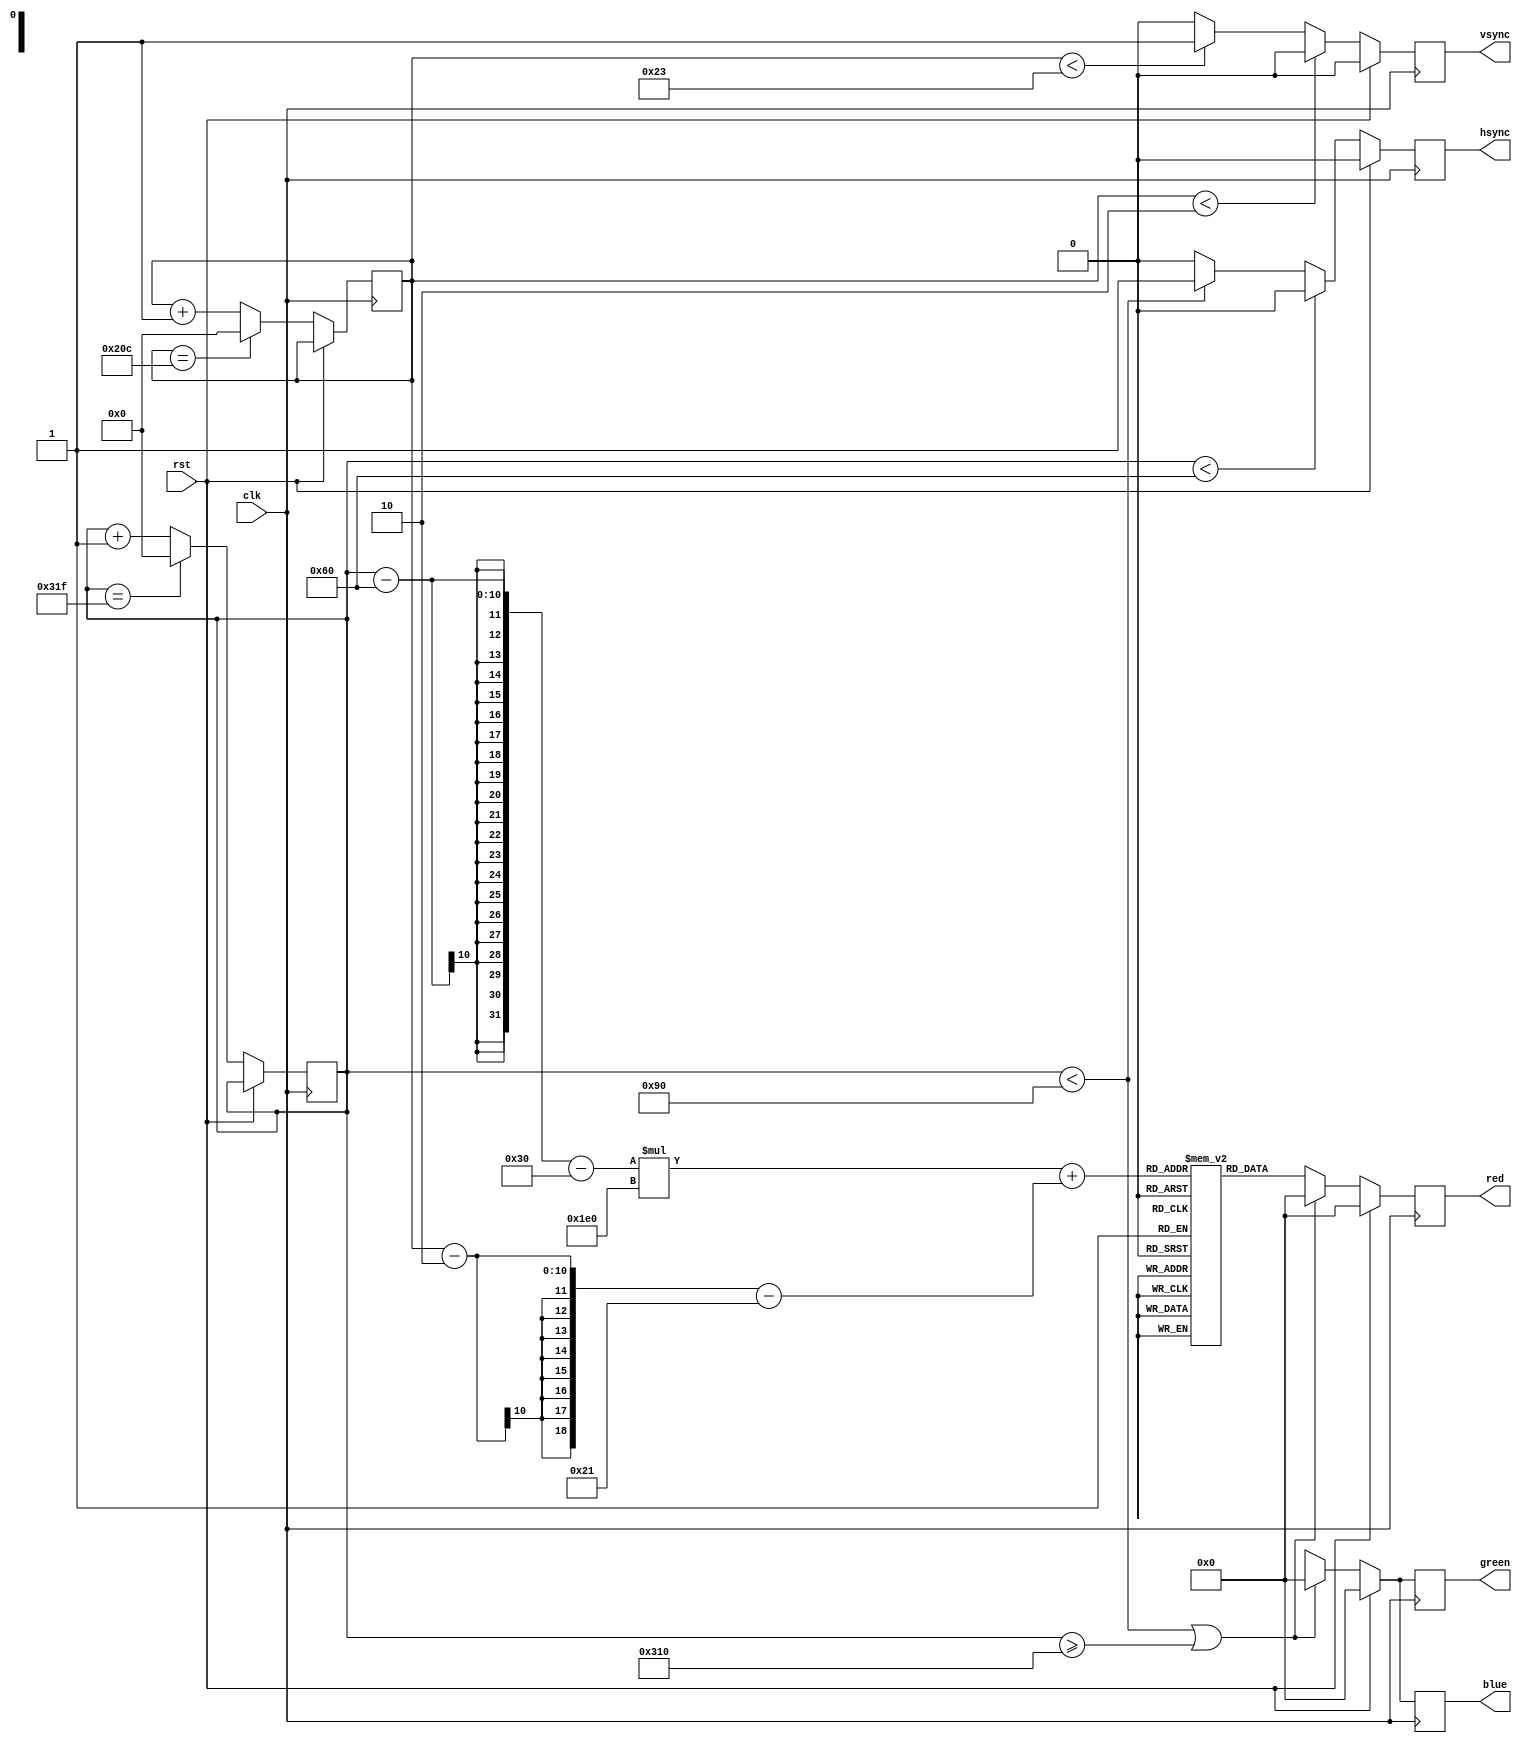
module vga_controller (
    // Inputs
    input clk,
    input rst,
    // Outputs
    output reg hsync,
    output reg vsync,
    output reg [7:0] red,
    output reg [7:0] green,
    output reg [7:0] blue
);

// Parameters for VGA timing specifications
parameter H_DISPLAY = 640;
parameter H_FRONT_PORCH = 16;
parameter H_SYNC_PULSE = 96;
parameter H_BACK_PORCH = 48;
parameter V_DISPLAY = 480;
parameter V_FRONT_PORCH = 10;
parameter V_SYNC_PULSE = 2;
parameter V_BACK_PORCH = 33;

// Internal signals
reg [9:0] h_counter = 0;
reg [9:0] v_counter = 0;
reg [9:0] pixel_counter = 0;
reg [2:0] state = 0;

// Color data memory
reg [7:0] color_data [0:639][0:479];

// Horizontal synchronization logic
always @(posedge clk) begin
    if (rst) begin
        hsync <= 1'b0;
    end else begin
        if (h_counter < H_SYNC_PULSE) begin
            hsync <= 1'b0;
        end else if (h_counter < H_SYNC_PULSE + H_BACK_PORCH) begin
            hsync <= 1'b1;
        end else if (h_counter < H_SYNC_PULSE + H_BACK_PORCH + H_DISPLAY) begin
            hsync <= 1'b0;
        end else if (h_counter < H_DISPLAY + H_SYNC_PULSE + H_BACK_PORCH) begin
            hsync <= 1'b1;
        end else begin
            hsync <= 1'b0;
        end
        
        if (h_counter == H_SYNC_PULSE + H_BACK_PORCH + H_DISPLAY + H_FRONT_PORCH - 1) begin
            h_counter <= 10'b0;
        end else begin
            h_counter <= h_counter + 1;
        end
    end
end

// Vertical synchronization logic
always @(posedge clk) begin
    if (rst) begin
        vsync <= 1'b0;
    end else begin
        if (v_counter < V_SYNC_PULSE) begin
            vsync <= 1'b0;
        end else if (v_counter < V_SYNC_PULSE + V_BACK_PORCH) begin
            vsync <= 1'b1;
        end else if (v_counter < V_SYNC_PULSE + V_BACK_PORCH + V_DISPLAY) begin
            vsync <= 1'b0;
        end else if (v_counter < V_DISPLAY + V_SYNC_PULSE + V_BACK_PORCH) begin
            vsync <= 1'b1;
        end else begin
            vsync <= 1'b0;
        end
        
        if (v_counter == V_SYNC_PULSE + V_BACK_PORCH + V_DISPLAY + V_FRONT_PORCH - 1) begin
            v_counter <= 10'b0;
        end else begin
            v_counter <= v_counter + 1;
        end
    end
end

// Pixel color generation
always @(posedge clk) begin
    if (rst) begin
        red <= 8'b0;
        green <= 8'b0;
        blue <= 8'b0;
    end else begin
        if ((h_counter < H_SYNC_PULSE + H_BACK_PORCH) || (h_counter >= H_DISPLAY + H_SYNC_PULSE + H_BACK_PORCH)) begin
            red <= 8'b0;
            green <= 8'b0;
            blue <= 8'b0;
        end else begin
            red <= color_data[(h_counter - H_SYNC_PULSE - H_BACK_PORCH)][(v_counter - V_SYNC_PULSE - V_BACK_PORCH)][7:0];
            green <= color_data[(h_counter - H_SYNC_PULSE - H_BACK_PORCH)][(v_counter - V_SYNC_PULSE - V_BACK_PORCH)][15:8];
            blue <= color_data[(h_counter - H_SYNC_PULSE - H_BACK_PORCH)][(v_counter - V_SYNC_PULSE - V_BACK_PORCH)][23:16];
        end
    end
end

// VGA state machine
always @(posedge clk) begin
    if (rst) begin
        state <= 3'b000;
    end else begin
        case(state)
            3'b000: begin
                if ((h_counter == H_SYNC_PULSE + H_BACK_PORCH) && (v_counter == V_SYNC_PULSE + V_BACK_PORCH)) begin
                    state <= 3'b001;
                end
            end
            3'b001: begin
                if ((h_counter == H_SYNC_PULSE + H_BACK_PORCH + H_DISPLAY - 1) && (v_counter == V_SYNC_PULSE + V_BACK_PORCH + V_DISPLAY - 1)) begin
                    state <= 3'b010;
                end
            end
            3'b010: begin
                if ((h_counter == H_SYNC_PULSE + H_BACK_PORCH + H_DISPLAY + H_FRONT_PORCH - 1) && (v_counter == V_SYNC_PULSE + V_BACK_PORCH + V_DISPLAY + V_FRONT_PORCH - 1)) begin
                    state <= 3'b000;
                end
            end
        endcase
    end
end

endmodule